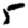
Digit: 5